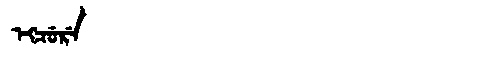
Manchu: ᡝᡴᠴᡠᡵᡝ
Romanization: EKCURE